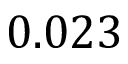
0 . 0 2 3